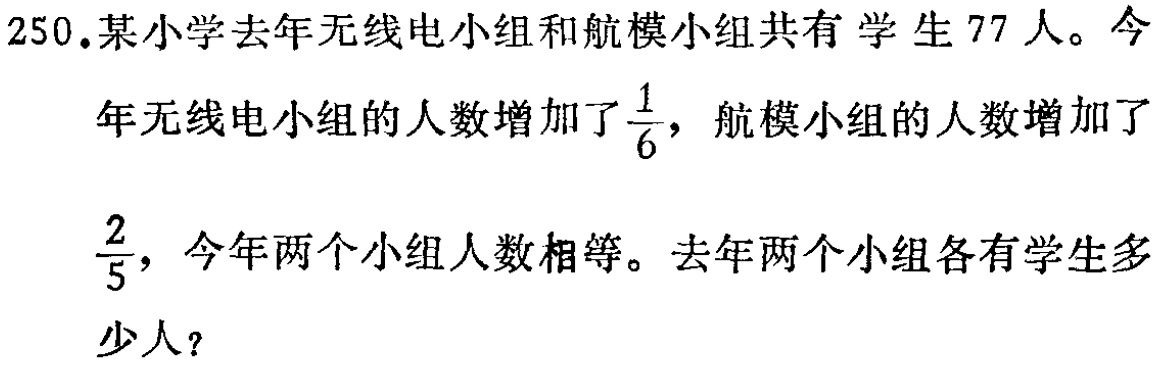
250.某小学去年无线电小组和航模小组共有学生77人。今年无线电小组的人数增加了$\frac{1}{6}$，航模小组的人数增加了$\frac{2}{5}$，今年两个小组人数相等。去年两个小组各有学生多少人？